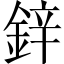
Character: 鋅